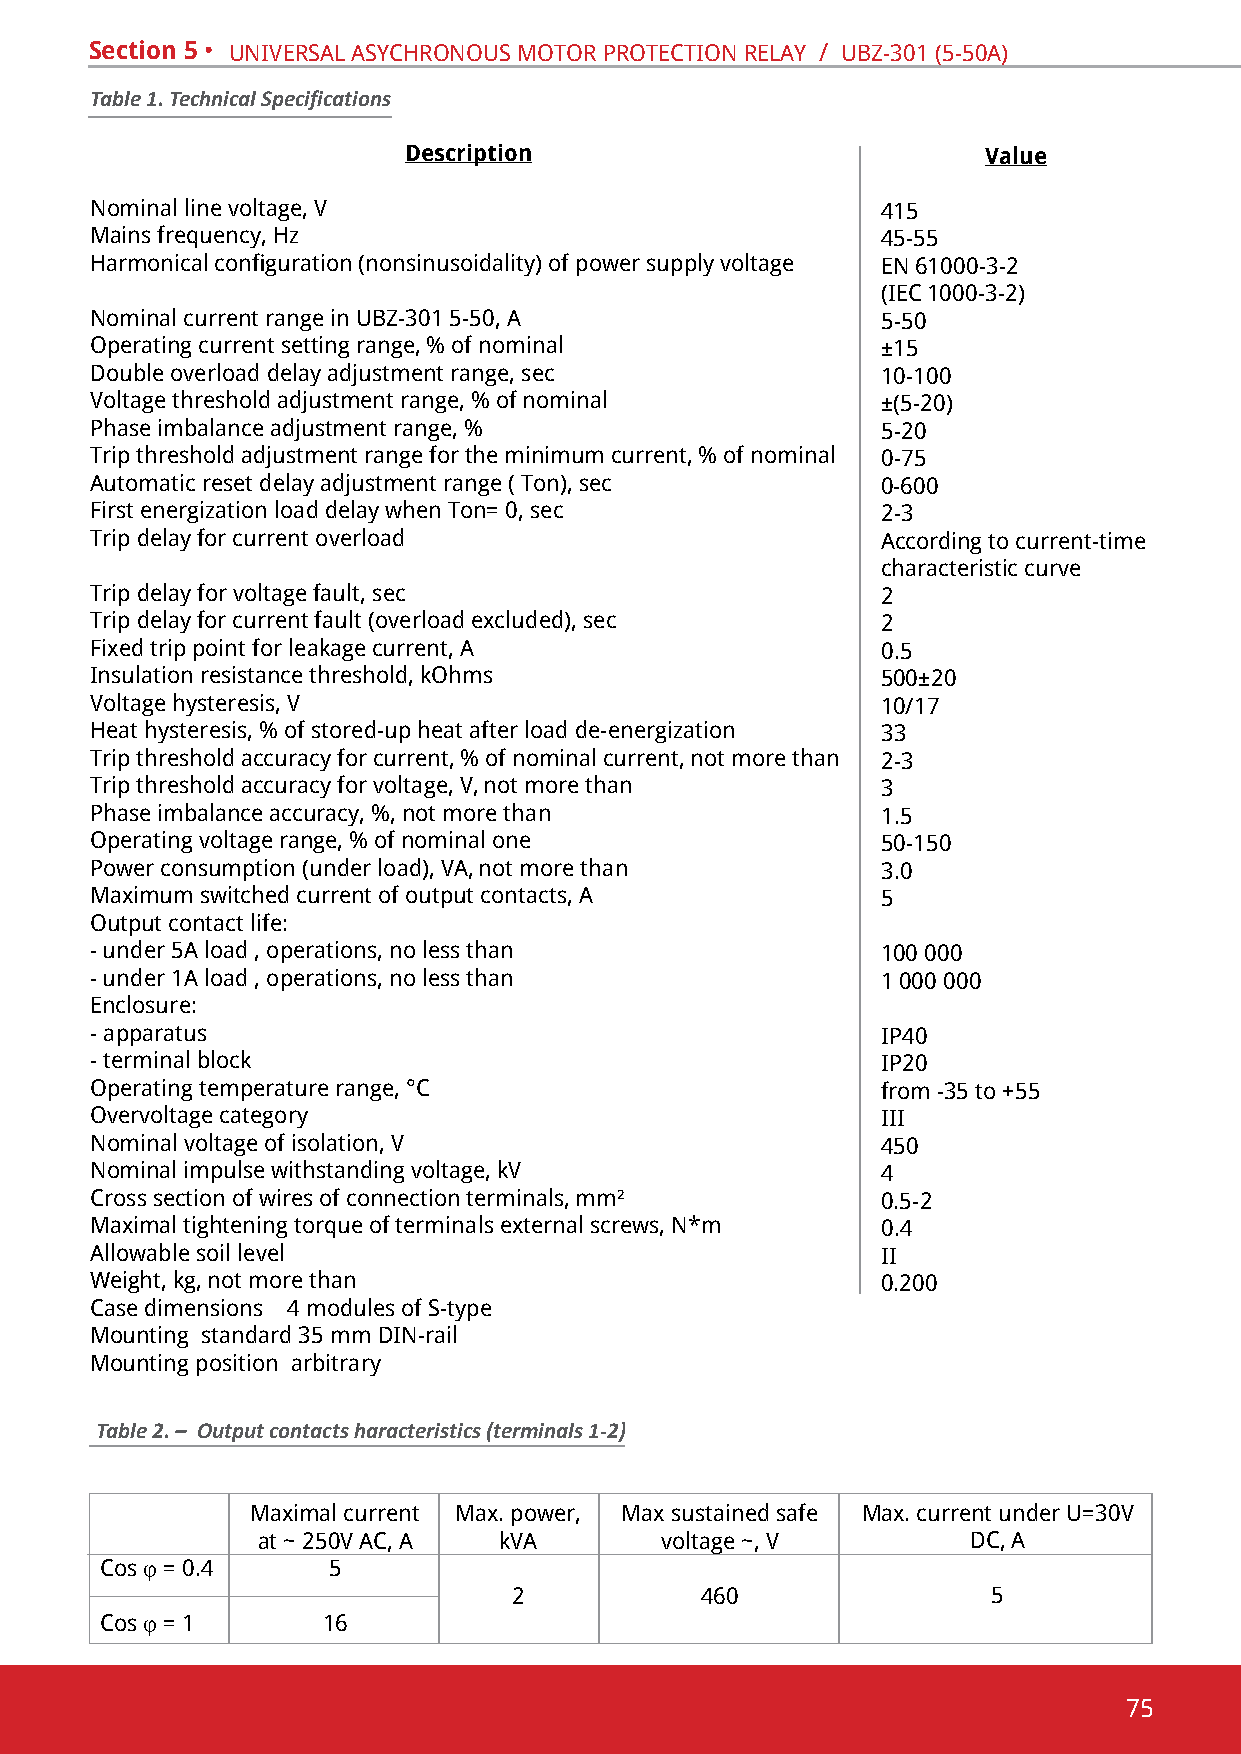
Section 5 • univeRsal asYchRonous motoR pRotection RelaY / ubZ-301 (5-50a)
 Table 1. Technical Specifications
 Description                           Value
 nominal line voltage, v                             415
 mains frequency, hz                                 45-55
 Harmonical configuration (nonsinusoidality) of power supply voltage en 61000-3-2
 (iec 1000-3-2)
 Nominal current range in UBZ-301 5-50, А            5-50
 operating current setting range, % of nominal       ±15
 double overload delay adjustment range, sec         10-100
 voltage threshold adjustment range, % of nominal    ±(5-20)
 phase imbalance adjustment range, %                 5-20
 trip threshold adjustment range for the minimum current, % of nominal 0-75
 Automatic reset delay adjustment range ( Тon), sec  0-600
 First energization load delay when Тon= 0, sec      2-3
 trip delay for current overload                     according to current-time
 characteristic curve
 trip delay for voltage fault, sec                   2
 Trip delay for current fault (overload excluded), sec 2
 Fixed trip point for leakage current, А             0.5
 Insulation resistance threshold, kОhms              500±20
 voltage hysteresis, v                               10/17
 heat hysteresis, % of stored-up heat after load de-energization 33
 trip threshold accuracy for current, % of nominal current, not more than 2-3
 trip threshold accuracy for voltage, v, not more than 3
 phase imbalance accuracy, %, not more than          1.5
 operating voltage range, % of nominal one           50-150
 power consumption (under load), va, not more than   3.0
 Maximum switched current of output contacts, A      5
 output contact life:
 - under 5a load , operations, no less than          100 000
 - under 1a load , operations, no less than          1 000 000
 enclosure:
 - apparatus                                         ip40
 - terminal block                                    ip20
 operating temperature range, °c                     from -35 to +55
 overvoltage category                                iii
 nominal voltage of isolation, v                     450
 nominal impulse withstanding voltage, kv            4
 cross section of wires of connection terminals, mm² 0.5-2
 Maximal tightening torque of terminals external screws, N*m 0.4
 allowable soil level                                ii
 Weight, kg, not more than                           0.200
 case dimensions 4 modules of s-type
 mounting standard 35 mm din-rail
 mounting position arbitrary
 Table 2. – Output contacts haracteristics (terminals 1-2)
 Maximal current Max. power, Max sustained safe Max. current under U=30V
 at ~ 250v ac, a kva        voltage ~, v        dc, a
 cos j = 0.4    5
 2           460                 5
 cos j = 1     16
 75